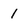
Character: 1